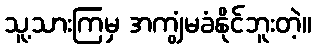
သူ့သားကြမှ အကျွံမခံနိုင်ဘူးတဲ့။